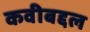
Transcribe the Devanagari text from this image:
कवीबद्दल